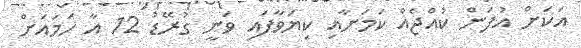
އަކަށް އުފަން ކުއްޖެއް ކަމަށާއި ކިޔަވާފައި ވަނީ ގުރޭޑު 12 އާ ހަމައަށް